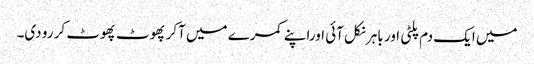
میں ایک دم پلٹی اور باہر نکل آئی اوراپنے کمرے میں آکر پھوٹ پھوٹ کر رو دی۔